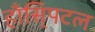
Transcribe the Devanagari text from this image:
हाँसि्पटल